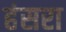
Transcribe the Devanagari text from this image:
हंसरा